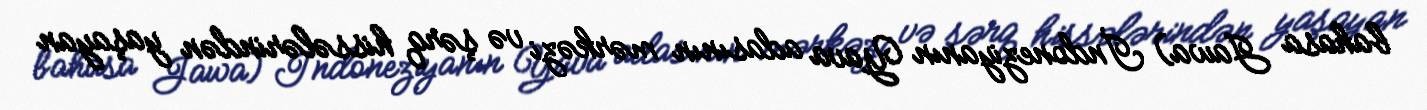
bahasa Jawa) İndoneziyanın Yava adasının mərkəzi və şərq hissələrindən yaşayan